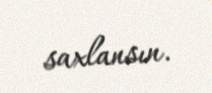
saxlansın.